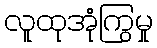
လူထုအုံကြွမှု